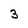
Character: 3